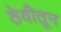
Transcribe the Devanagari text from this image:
ठेवीतून